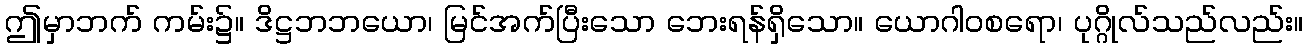
ဤမှာဘက် ကမ်း၌။ ဒိဋ္ဌဘဘယော၊ မြင်အက်ပြီးသော ဘေးရန်ရှိသော။ ယောဂါဝစရော၊ ပုဂ္ဂိုလ်သည်လည်း။